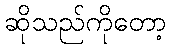
ဆိုသည်ကိုတော့